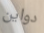
دواين